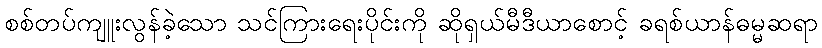
စစ်တပ်ကျူးလွန်ခဲ့သော သင်ကြားရေးပိုင်းကို ဆိုရှယ်မီဒီယာစောင့် ခရစ်ယာန်ဓမ္မဆရာ